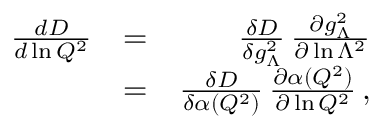
\begin{array} { r l r } { { \frac { d D } { d \ln Q ^ { 2 } } } } & { = } & { { \frac { \delta D } { \delta g _ { \Lambda } ^ { 2 } } } \, { \frac { \partial g _ { \Lambda } ^ { 2 } } { \partial \ln \Lambda ^ { 2 } } } } \\ & { = } & { { \frac { \delta D } { \delta \alpha ( Q ^ { 2 } ) } } \, { \frac { \partial \alpha ( Q ^ { 2 } ) } { \partial \ln Q ^ { 2 } } } \, , } \end{array}